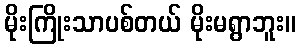
မိုးကြိုးသာပစ်တယ် မိုးမရွာဘူး။